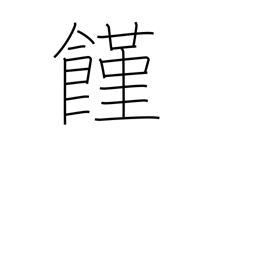
Meaning: hunger